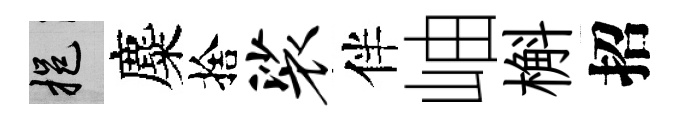
挹麋捨裟伴岫槲招